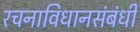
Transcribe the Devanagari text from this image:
रचनाविधानसंबंधी